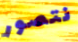
نتصور